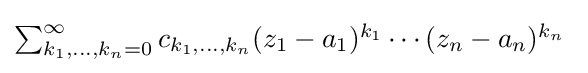
{\textstyle \sum _{k_{1},\dots ,k_{n}=0}^{\infty }c_{k_{1},\dots ,k_{n}}(z_{1}-a_{1})^{k_{1}}\cdots (z_{n}-a_{n})^{k_{n}}\ }